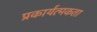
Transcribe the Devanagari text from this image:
प्रकार्यत्मकता